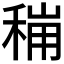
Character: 𮃋